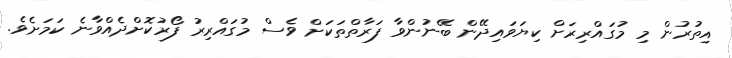
އިތުުރުން މި މުގައްރިރަށް ކިޔަވައިދޭން ބޭނުންވާ ފަރާތްތަކަށް ވެސް މުގައްރިރު ފޯރުކޮށްދެއްވާނެ ކަމަށެވެ.